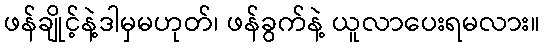
ဖန်ချိုင့်နဲ့ဒါမှမဟုတ်၊ ဖန်ခွက်နဲ့ ယူလာပေးရမလား။